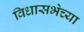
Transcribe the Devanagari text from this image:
विधासभेच्या